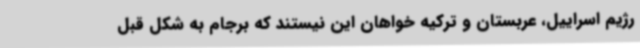
رژیم اسراییل، عربستان و ترکیه خواهان این نیستند که برجام به شکل قبل